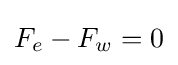
F_{e}-F_{w}=0